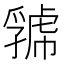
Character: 𧇧